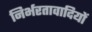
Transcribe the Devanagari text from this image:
निर्भरतावादियों